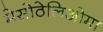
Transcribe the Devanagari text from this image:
मेसोठेलिओमा